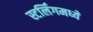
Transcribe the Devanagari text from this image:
स्टर्लिंगमध्ये